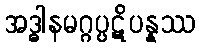
အဒ္ဓါနမဂ္ဂပ္ပဋိပန္နဿ